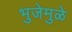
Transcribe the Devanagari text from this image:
भुजेमुळे